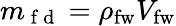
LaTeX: m_{\mathrm{~f~d~}}=\rho_{\mathrm{fw}}V_{\mathrm{fw}}